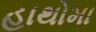
હાથોમા